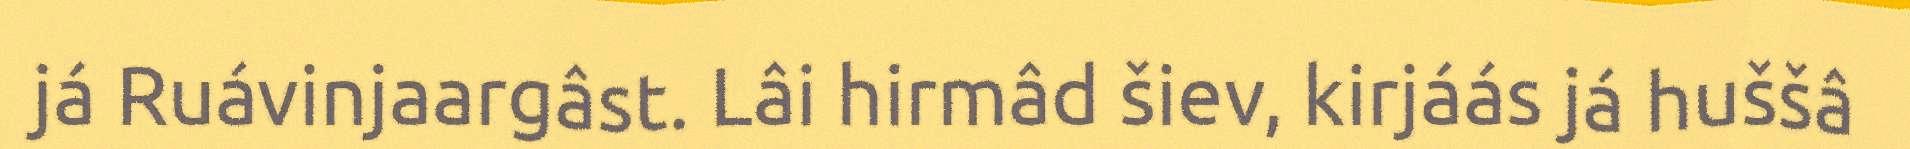
já Ruávinjaargâst. Lâi hirmâd šiev, kirjáás já huššâ